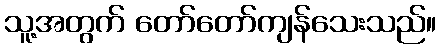
သူ့အတွက် တော်တော်ကျန်သေးသည်။